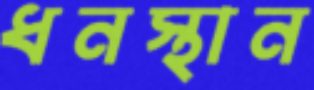
ধনস্থান